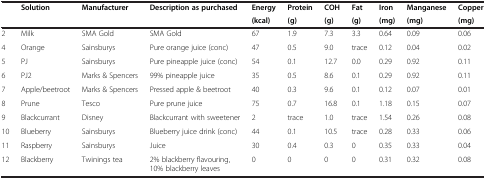
<table><thead><tr><td rowspan="2"><b> </b></td><td><b>Solution</b></td><td><b>Manufacturer</b></td><td><b>Description as purchased</b></td><td><b>Energy</b></td><td><b>Protein</b></td><td><b>COH</b></td><td><b>Fat</b></td><td><b>Iron</b></td><td><b>Manganese</b></td><td><b>Copper</b></td></tr><tr><td colspan="3"><b> </b></td><td><b>(kcal)</b></td><td><b>(g)</b></td><td><b>(g)</b></td><td><b>(g)</b></td><td><b>(mg)</b></td><td><b>(mg)</b></td><td><b>(mg)</b></td></tr></thead><tbody><tr><td>2</td><td>Milk</td><td>SMA Gold</td><td>SMA Gold</td><td>67</td><td>1.9</td><td>7.3</td><td>3.3</td><td>0.64</td><td>0.09</td><td>0.06</td></tr><tr><td>4</td><td>Orange</td><td>Sainsburys</td><td>Pure orange juice (conc)</td><td>47</td><td>0.5</td><td>9.0</td><td>trace</td><td>0.12</td><td>0.04</td><td>0.02</td></tr><tr><td>5</td><td>PJ</td><td>Sainsburys</td><td>Pure pineapple juice (conc)</td><td>54</td><td>0.1</td><td>12.7</td><td>0.0</td><td>0.29</td><td>0.92</td><td>0.11</td></tr><tr><td>6</td><td>PJ2</td><td>Marks &amp; Spencers</td><td>99% pineapple juice</td><td>35</td><td>0.5</td><td>8.6</td><td>0.1</td><td>0.29</td><td>0.92</td><td>0.11</td></tr><tr><td>7</td><td>Apple/beetroot</td><td>Marks &amp; Spencers</td><td>Pressed apple &amp; beetroot</td><td>40</td><td>0.3</td><td>9.6</td><td>0.1</td><td>0.12</td><td>0.07</td><td>0.01</td></tr><tr><td>8</td><td>Prune</td><td>Tesco</td><td>Pure prune juice</td><td>75</td><td>0.7</td><td>16.8</td><td>0.1</td><td>1.18</td><td>0.15</td><td>0.07</td></tr><tr><td>9</td><td>Blackcurrant</td><td>Disney</td><td>Blackcurrant with sweetener</td><td>2</td><td>trace</td><td>1.0</td><td>trace</td><td>1.54</td><td>0.26</td><td>0.08</td></tr><tr><td>10</td><td>Blueberry</td><td>Sainsburys</td><td>Blueberry juice drink (conc)</td><td>44</td><td>0.1</td><td>10.5</td><td>trace</td><td>0.28</td><td>0.33</td><td>0.06</td></tr><tr><td>11</td><td>Raspberry</td><td>Sainsburys</td><td>Juice</td><td>30</td><td>0.4</td><td>0.3</td><td>0</td><td>0.35</td><td>0.33</td><td>0.04</td></tr><tr><td>12</td><td>Blackberry</td><td>Twinings tea</td><td>2% blackberry flavouring, 10% blackberry leaves</td><td>0</td><td>0</td><td>0</td><td>0</td><td>0.31</td><td>0.32</td><td>0.08</td></tr></tbody></table>